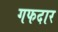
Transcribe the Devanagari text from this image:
गफदार